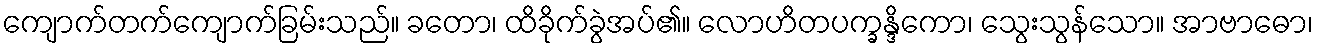
ကျောက်တက်ကျောက်ခြမ်းသည်။ ခတော၊ ထိခိုက်ခွဲအပ်၏။ လောဟိတပက္ခန္ဒိကော၊ သွေးသွန်သော။ အာဗာဓော၊